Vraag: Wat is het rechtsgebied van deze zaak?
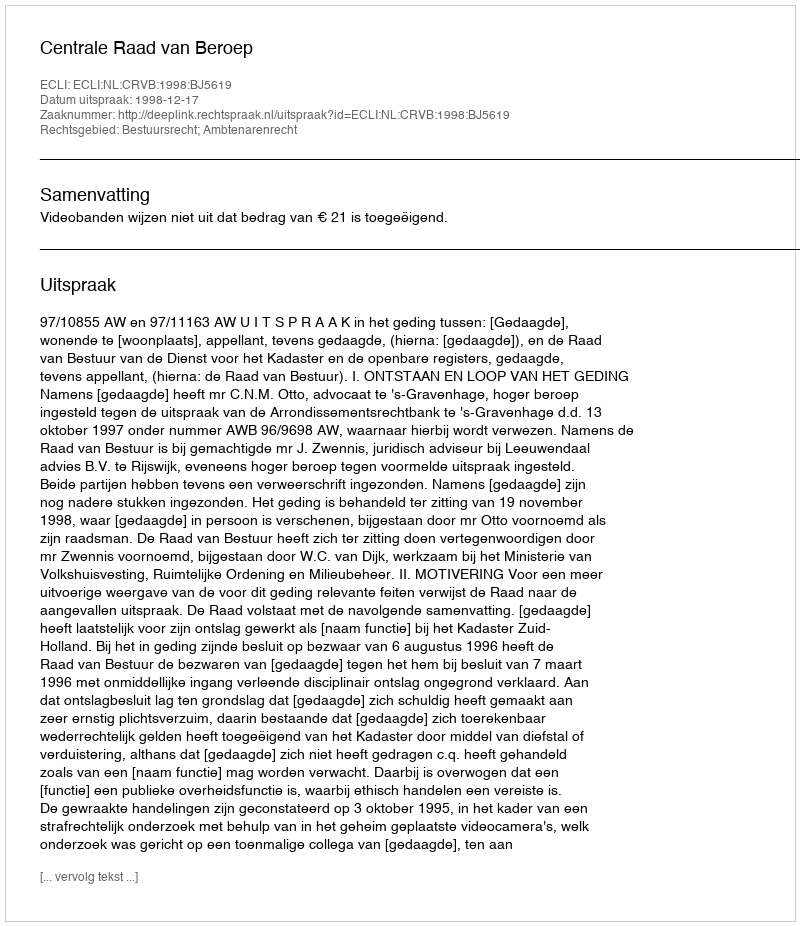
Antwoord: Bestuursrecht; Ambtenarenrecht